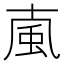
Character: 𩖘